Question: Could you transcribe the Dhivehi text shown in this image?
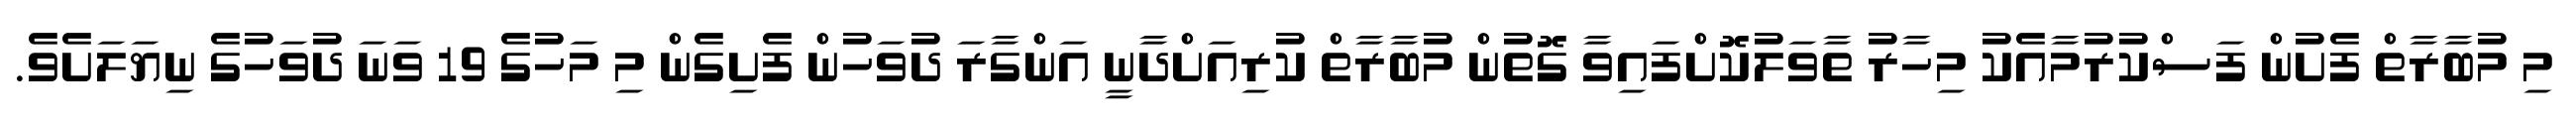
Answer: މި މުބާރާތް ފެށުން ފަސްކުރުމާއެކު މިހާރު ތާވަލުކޮށްފައިވާ ގޮތުން މުބާރާތް ކުރިއަށްދާނީ އަންގާރަ ދުވަހުން ފެށިގެން މި މަހުގެ 19 ވަނަ ދުވަހުގެ ނިޔަލަށެވެ.